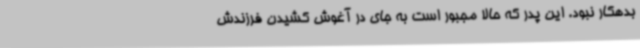
بدهکار نبود. این پدر که حالا مجبور است به جای در آغوش کشیدن فرزندش